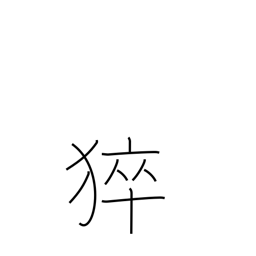
Meaning: sudden